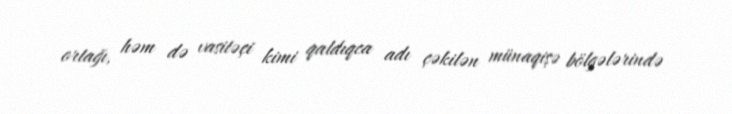
ortağı, həm də vasitəçi kimi qaldıqca adı çəkilən münaqişə bölgələrində